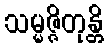
သမ္မဇ္ဇိတုန္တိ